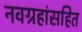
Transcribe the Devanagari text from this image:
नवग्रहांसहित